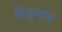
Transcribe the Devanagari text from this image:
दिङ्‌मान